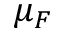
\mu _ { F }